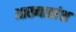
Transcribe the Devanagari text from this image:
आख्यातांश